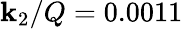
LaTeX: \mathbf{k}_{2}/Q=0.0011